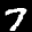
Label: 7